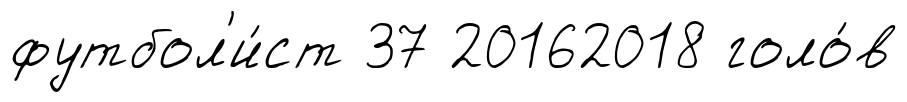
футбол'и́ст 37 20162018 голо́в